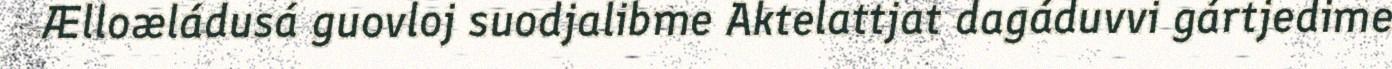
Ælloæládusá guovloj suodjalibme Aktelattjat dagáduvvi gártjedime